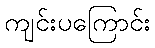
ကျင်းပကြောင်း